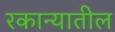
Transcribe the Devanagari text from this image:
रकान्यातील